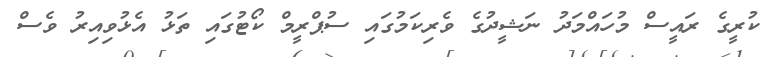
ކުރީގެ ރައީސް މުހައްމަދު ނަޝީދުގެ ވެރިކަމުގައި ސުޕްރީމް ކޯޓުގައި ތަޅު އެޅުވިއިރު ވެސް